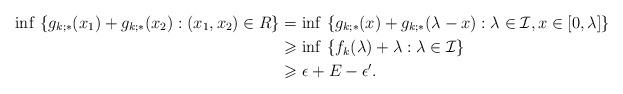
LaTeX: \begin{align*}\inf \ \{g_{k;\ast}(x_1) + g_{k;\ast}(x_2) : (x_1,x_2) \in R\} &= \inf \ \{g_{k;\ast}(x) + g_{k;\ast}(\lambda-x) : \lambda \in \mathcal{I},x\in [0,\lambda]\} \\&\geqslant \inf \ \{f_k(\lambda) + \lambda : \lambda \in \mathcal{I}\} \\&\geqslant \epsilon + E -\epsilon'.\end{align*}